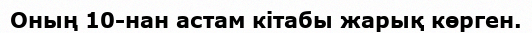
Оның 10-нан астам кітабы жарық көрген.